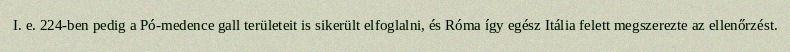
I. e. 224-ben pedig a Pó-medence gall területeit is sikerült elfoglalni, és Róma így egész Itália felett megszerezte az ellenőrzést.